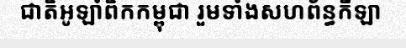
ជាតិអូឡាំពិកកម្ពុជា រួមទាំងសហព័ន្ធកីឡា